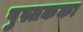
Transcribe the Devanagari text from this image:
पुस्तकका